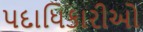
પદાધિકારીઓ